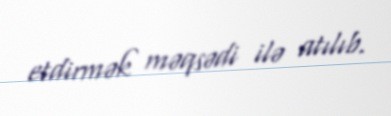
etdirmək məqsədi ilə atılıb.